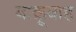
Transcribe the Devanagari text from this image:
बाक़ूबाह